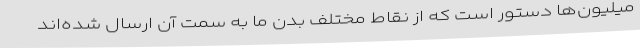
میلیون‌ها دستور است که از نقاط مختلف بدن ما به سمت آن ارسال شده‌اند